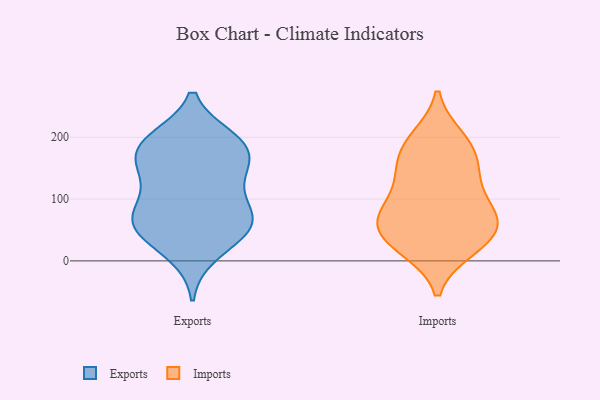
{"axis": {"x": "Waste Production (Tons)", "y": "Value"}, "legend": ["Exports", "Imports"], "data": [{"x": "", "y": 66, "type": "Exports"}, {"x": "", "y": 56, "type": "Exports"}, {"x": "", "y": 147, "type": "Exports"}, {"x": "", "y": 62, "type": "Exports"}, {"x": "", "y": 61, "type": "Exports"}, {"x": "", "y": 38, "type": "Exports"}, {"x": "", "y": 95, "type": "Exports"}, {"x": "", "y": 190, "type": "Exports"}, {"x": "", "y": 187, "type": "Exports"}, {"x": "", "y": 12, "type": "Exports"}, {"x": "", "y": 131, "type": "Exports"}, {"x": "", "y": 196, "type": "Exports"}, {"x": "", "y": 74, "type": "Exports"}, {"x": "", "y": 173, "type": "Exports"}, {"x": "", "y": 143, "type": "Exports"}, {"x": "", "y": 189, "type": "Exports"}, {"x": "", "y": 26, "type": "Imports"}, {"x": "", "y": 142, "type": "Imports"}, {"x": "", "y": 69, "type": "Imports"}, {"x": "", "y": 143, "type": "Imports"}, {"x": "", "y": 61, "type": "Imports"}, {"x": "", "y": 87, "type": "Imports"}, {"x": "", "y": 182, "type": "Imports"}, {"x": "", "y": 69, "type": "Imports"}, {"x": "", "y": 190, "type": "Imports"}, {"x": "", "y": 48, "type": "Imports"}, {"x": "", "y": 135, "type": "Imports"}, {"x": "", "y": 81, "type": "Imports"}, {"x": "", "y": 20, "type": "Imports"}, {"x": "", "y": 27, "type": "Imports"}, {"x": "", "y": 198, "type": "Imports"}]}